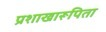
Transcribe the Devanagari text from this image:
प्रशाखारूपिता